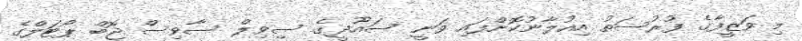
މި ވަޒީފާގެ ފުރުސަތު އިއުލާނުކޮށްފައި ވަނީ ސައޫދީގެ ސިވިލް ސާވިސް ޖޮބް ޕޯޓަލްގެ